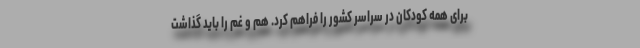
برای همه کودکان در سراسر کشور را فراهم کرد. هم و غم را باید گذاشت